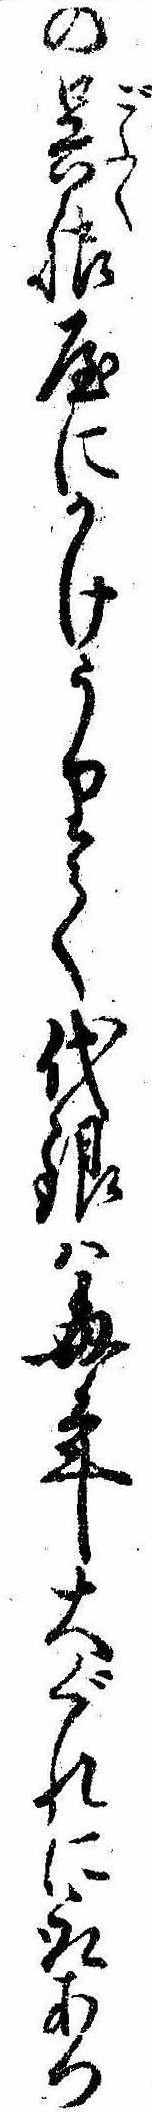
の呉服屋にかけうりて代銀は毎年大ぐれに取あつ